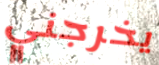
يخرجني